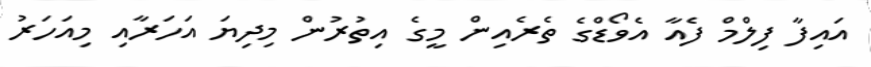
އައިފާ ފިލްމް ފެއާ އެވޯޑްގެ ތެރެއިން މީގެ އިތުރުން މިދިޔަ އަހަރާއި މިއަހަރު